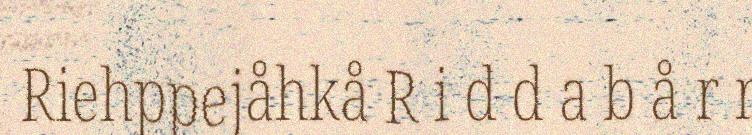
Riehppejåhkå R i d d a b å r r